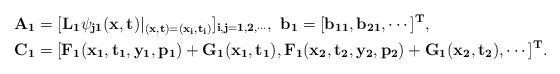
LaTeX: \begin{align*}&\bf{A_1}=[L_1\psi _{j1}(x,t)\vert _{(x,t)=(x_i,t_i)}]_{i,j=1,2,\cdots},\,\,\bf{b_1}=[b_{11},b_{21},\cdots]^T,\\&\bf{C_1}=[F_1(x_1,t_1,y_1,p_1)+G_1(x_1,t_1), F_1(x_2,t_2,y_2,p_2)+G_1(x_2,t_2),\cdots]^T.\end{align*}